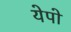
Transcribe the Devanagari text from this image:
येपो